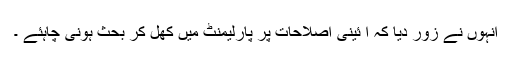
انہوں نے زور دیا کہ ا ٓئینی اصلاحات پر پارلیمنٹ میں کھل کر بحث ہونی چاہئے ۔